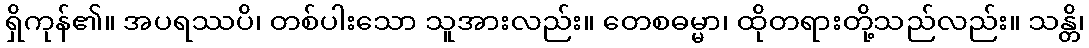
ရှိကုန်၏။ အပရဿပိ၊ တစ်ပါးသော သူအားလည်း။ တေစဓမ္မာ၊ ထိုတရားတို့သည်လည်း။ သန္တိ၊